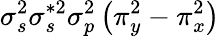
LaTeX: \sigma_{s}^{2}\sigma_{s}^{*2}\sigma_{p}^{2}\left(\pi_{y}^{2}-\pi_{x}^{2}\right)